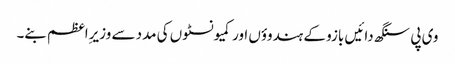
وی پی سنگھ دائیں بازو کے ہندوؤں اور کمیونسٹوں کی مدد سے وزیرِاعظم بنے۔